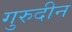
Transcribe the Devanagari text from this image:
गुरुदीन